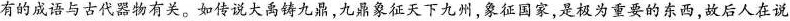
有的成语与古代器物有关。如传说大禹铸九鼎，九鼎象征天下九州，象征国家，是极为重要的东西，故后人在说